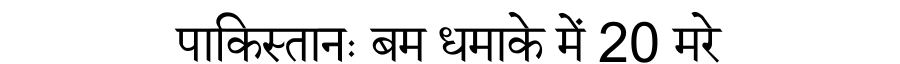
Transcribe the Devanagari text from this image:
पाकिस्तानः बम धमाके में 20 मरे